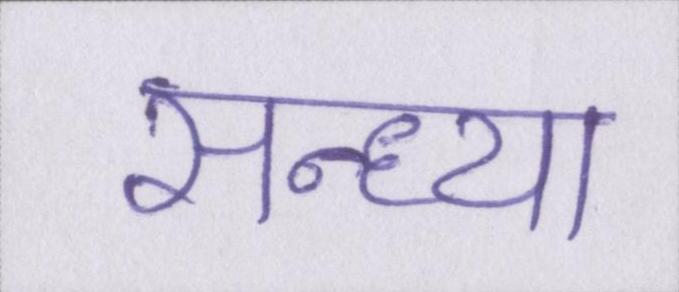
सन्ध्या